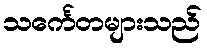
သင်္ကေတများသည်